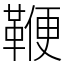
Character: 鞭